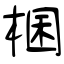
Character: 棞